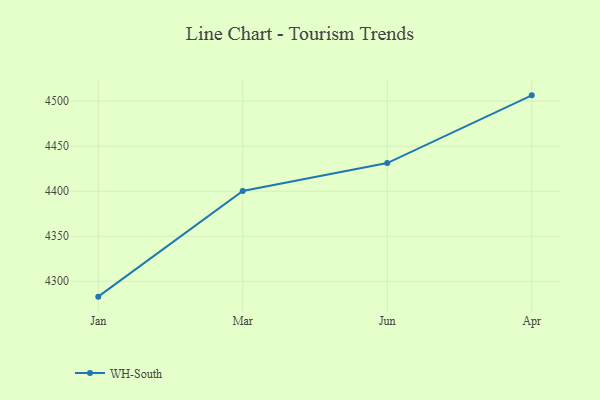
{"axis": {"x": "Month", "y": "Waste Production (Tons)"}, "legend": ["WH-South"], "data": [{"x": "Jan", "y": 4282.9, "type": "WH-South"}, {"x": "Mar", "y": 4400.2, "type": "WH-South"}, {"x": "Jun", "y": 4431.2, "type": "WH-South"}, {"x": "Apr", "y": 4506.4, "type": "WH-South"}]}